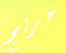
خريج